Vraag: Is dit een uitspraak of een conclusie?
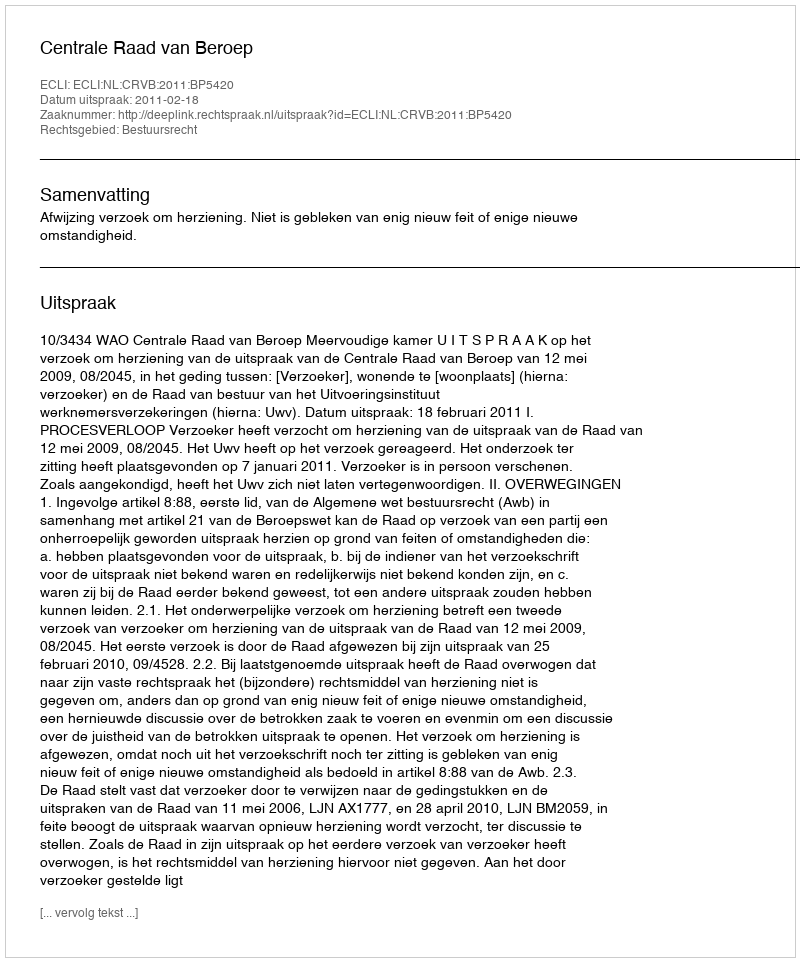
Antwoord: Uitspraak